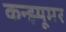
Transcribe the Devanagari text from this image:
कन्झ्यूमर